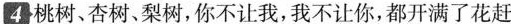
4桃树、杏树、梨树,你不让我,我不让你,都开满了花赶